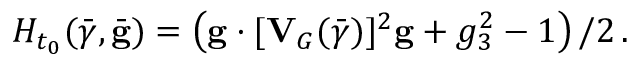
{ \cal H } _ { t _ { 0 } } ( \bar { \boldsymbol { \gamma } } , \bar { \bf g } ) = \left( { \bf g } \cdot [ { \bf V } _ { G } ( \bar { \boldsymbol { \gamma } } ) ] ^ { 2 } { \bf g } + g _ { 3 } ^ { 2 } - 1 \right) / 2 \, .